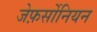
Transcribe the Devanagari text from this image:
जेफ़र्सोनियन